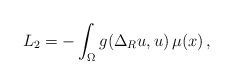
LaTeX: \begin{align*}L_2=-\int_{\Omega} g( \Delta_R u,u) \, \mu (x)\,,\end{align*}